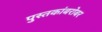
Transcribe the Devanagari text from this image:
पुस्तकांबरोबर